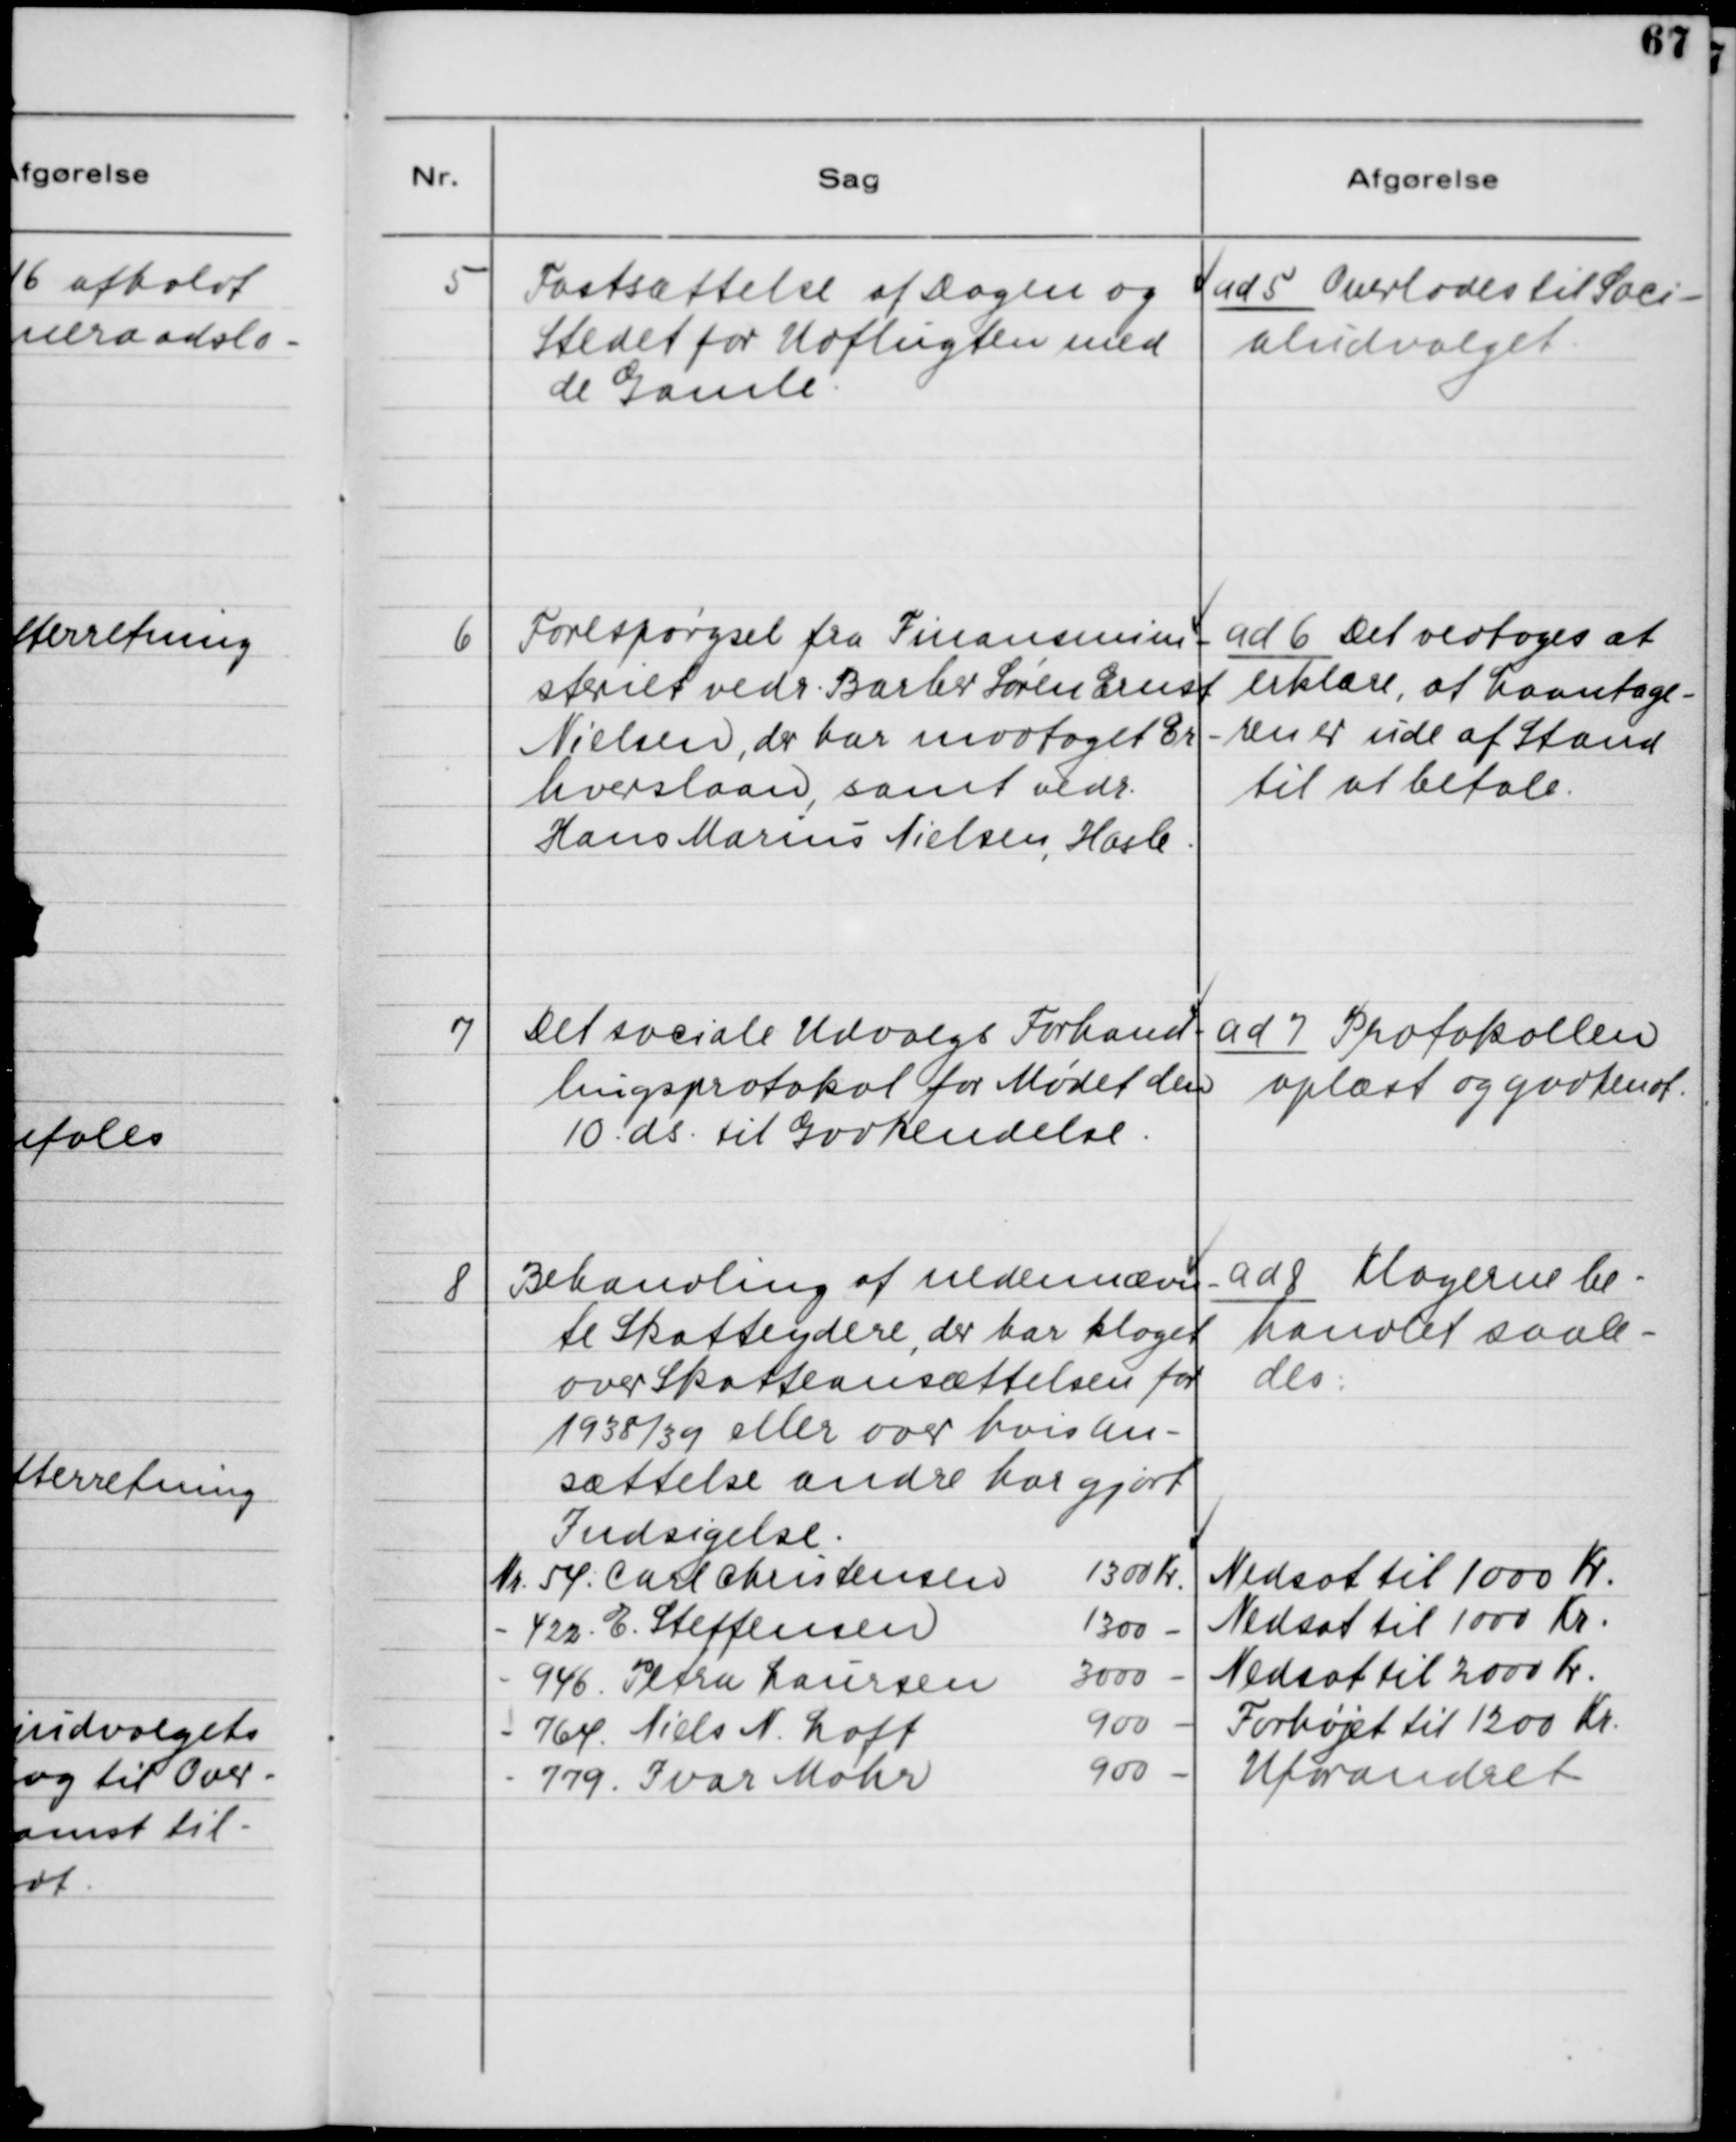
Transskription:
5. Fastsættelse af Dagen og
Stedet for Udflugten med
de Gamle.

ad 5. Overlades til Soci-
aludvalget.

6. Forespørgsel fra Finansmini-
steriet vedr. Barber Søren Ernst
Nielsen, der har modtaget Er-
hvervslaan, samt vedr.
Hans Marius Nielsen, Hasle.

ad 6. Det vedtoges at
erklære, at Laanetage-
ren er ude af Stand
til at betale.

7. Det sociale Udvalgs Forhand-
lingsprotokol for Mødet den
10. ds. til Godkendelse.

ad 7. Protokollen
oplæst og godkendt.

8. Behandling af nedennævn-
te Skatteydere, der har klaget
over Skatteansættelsen for
1938/39 eller over hvis An-
sættelse andre har gjort
Indsigelse.

ad 8. Klagerne be-
handlet saale-
des.

Nedsat til 1000 Kr.
Nedsat til 1000 Kr.
Nedsat til 2000 Kr.
Forhøjet til 1200 Kr.
Uforandret